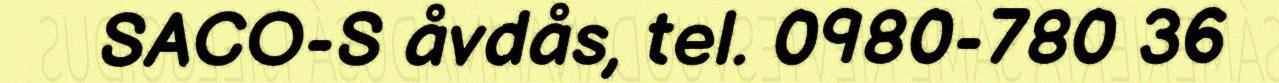
SACO-S åvdås, tel. 0980-780 36